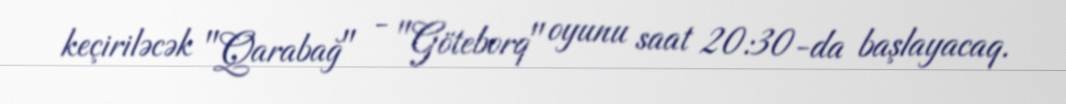
keçiriləcək "Qarabağ" - "Göteborq" oyunu saat 20:30-da başlayacaq.